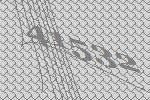
41532